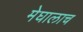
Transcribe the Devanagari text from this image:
मेघालाच